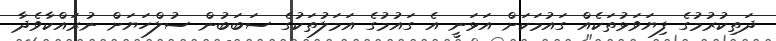
ދަތިކުރުމުގެ ފިޔަވަޅުތަކެއް ގައުމަކަށް އަޅަނީ އެ ގައުމުގެ އަމަލުތަކުގެ ސަބަބުން ސުލްހަޔަށް ނުރައްކާވެދާ